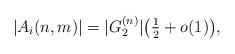
LaTeX: \begin{align*} |A_{i}(n,m)| = |G_{2}^{(n)}|\bigl(\tfrac{1}{2}+o(1)\bigr),\end{align*}